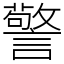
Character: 警